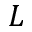
L